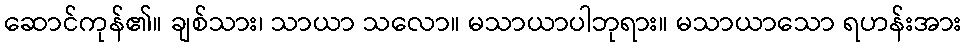
ဆောင်ကုန်၏။ ချစ်သား၊ သာယာ သလော။ မသာယာပါဘုရား။ မသာယာသော ရဟန်းအား